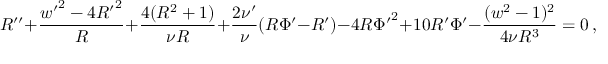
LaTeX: R ^ { \prime \prime } + \frac { { w ^ { \prime } } ^ { 2 } - 4 { R ^ { \prime } } ^ { 2 } } { R } + \frac { 4 ( R ^ { 2 } + 1 ) } { \nu R } + \frac { 2 \nu ^ { \prime } } { \nu } ( R \Phi ^ { \prime } - R ^ { \prime } ) - 4 R { \Phi ^ { \prime } } ^ { 2 } + 1 0 R ^ { \prime } \Phi ^ { \prime } - \frac { ( w ^ { 2 } - 1 ) ^ { 2 } } { 4 \nu R ^ { 3 } } = 0 \, ,